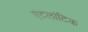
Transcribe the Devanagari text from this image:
एंटलांटिक